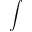
\int